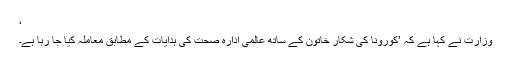
‘
وزارت نے کہا ہے کہ ’کورونا کی شکار خاتون کے ساتھ عالمی ادارہ صحت کی ہدایات کے مطابق معاملہ کیا جا رہا ہے۔